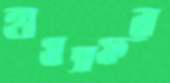
হামসফর